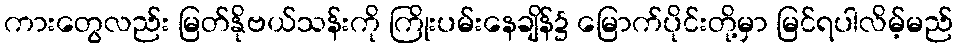
ကားတွေလည်း မြတ်နိုဗယ်သန်းကို ကြိုးပမ်းနေချိန်၌ မြောက်ပိုင်းတို့မှာ မြင်ရပါလိမ့်မည်